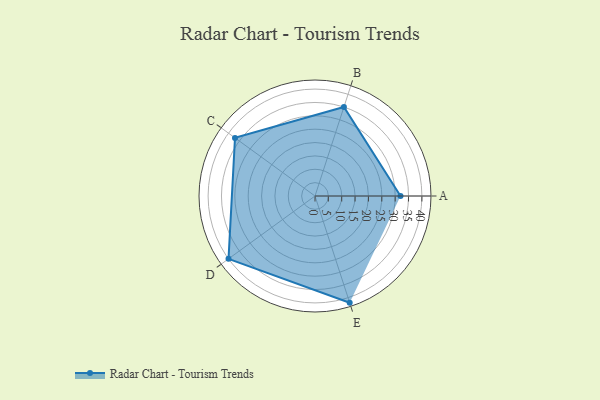
{"axis": {"x": "Skill", "y": "Score"}, "legend": ["Profile"], "data": [{"x": "A", "y": 32.0, "type": "Profile"}, {"x": "B", "y": 35.0, "type": "Profile"}, {"x": "C", "y": 37.0, "type": "Profile"}, {"x": "D", "y": 40.0, "type": "Profile"}, {"x": "E", "y": 42.0, "type": "Profile"}]}